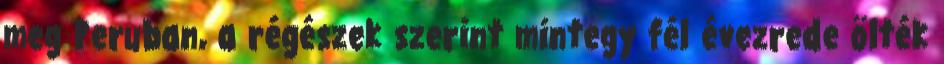
meg Peruban, a régészek szerint mintegy fél évezrede ölték